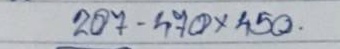
207 - 470 x 450